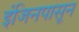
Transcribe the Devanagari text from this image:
इंजिनपासून